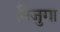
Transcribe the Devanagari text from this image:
बिजुगा